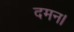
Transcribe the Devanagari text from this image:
दमन।